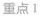
重点1